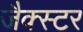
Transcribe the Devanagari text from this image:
जैक्स्टर